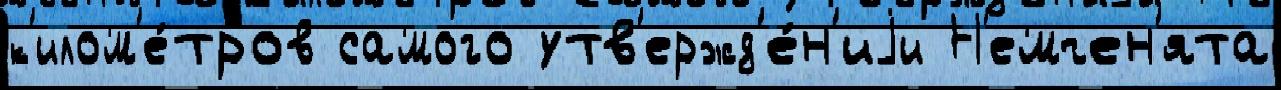
к'илом'е́тров самого утв'ержд'е́н'иjи Н'емчен'ята